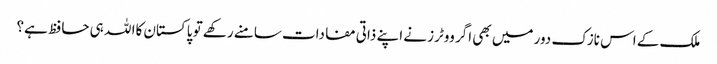
ملک کے اس نازک دور میں بھی اگر ووٹرز نے اپنے ذاتی مفادات سامنے رکھے تو پاکستان کاا للہ ہی حافظ ہے؟